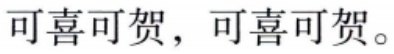
可喜可贺，可喜可贺。